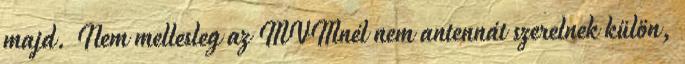
majd. Nem mellesleg az MVMnél nem antennát szerelnek külön,